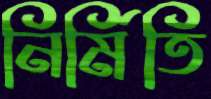
নির্মিতি